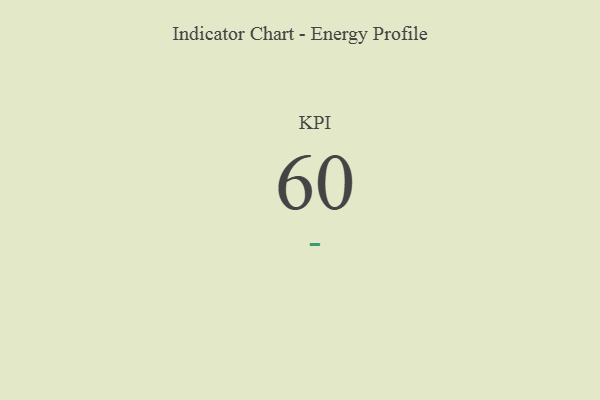
{"axis": {"x": "KPI", "y": "Value"}, "legend": [""], "data": [{"x": "KPI", "y": 60, "type": ""}]}